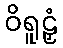
ဝိရူဠှံ